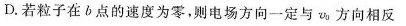
D.若粒子在b点的速度为零，则电场方向一定与v_{0}方向相反